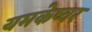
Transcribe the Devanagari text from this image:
यमकेष्वर